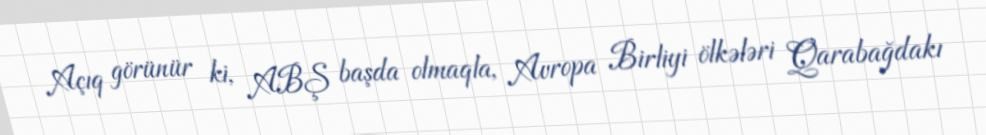
Açıq görünür ki, ABŞ başda olmaqla, Avropa Birliyi ölkələri Qarabağdakı